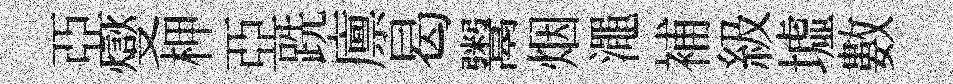
亞燮柙亞跣廪曷鬻烟澠補級墟數